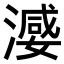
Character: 𣽦